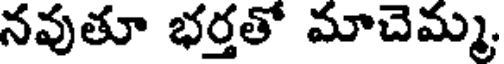
నవుతూ భర్తతో మాచెమ్మ,